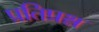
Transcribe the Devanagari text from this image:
प्रतिप्रश्न